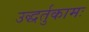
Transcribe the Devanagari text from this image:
उद्धर्तुकामः